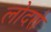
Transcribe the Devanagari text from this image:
लोदरो